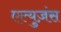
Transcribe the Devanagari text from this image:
एल्युज़ंस